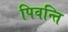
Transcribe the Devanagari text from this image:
पिवन्ति